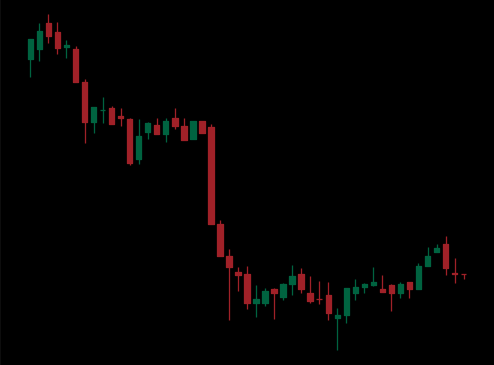
Pattern: bull_flag